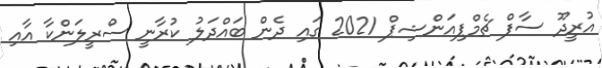
އުރީދޫ ސާފް ޗެމްޕިއަންޝިޕް 2021 ގައި ދެން ބައްދަލު ކުރާނީ ސްރީލަންކާ އާއި